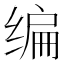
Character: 编